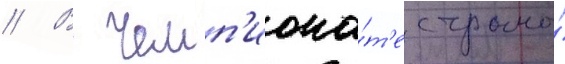
// В чемп'иона́т'е страны́